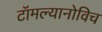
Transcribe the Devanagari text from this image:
टॉमल्यानोविच